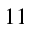
_ { 1 1 }